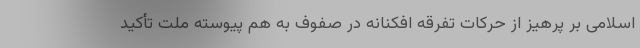
اسلامی بر پرهیز از حرکات تفرقه افکنانه در صفوف به هم پیوسته ملت تأکید